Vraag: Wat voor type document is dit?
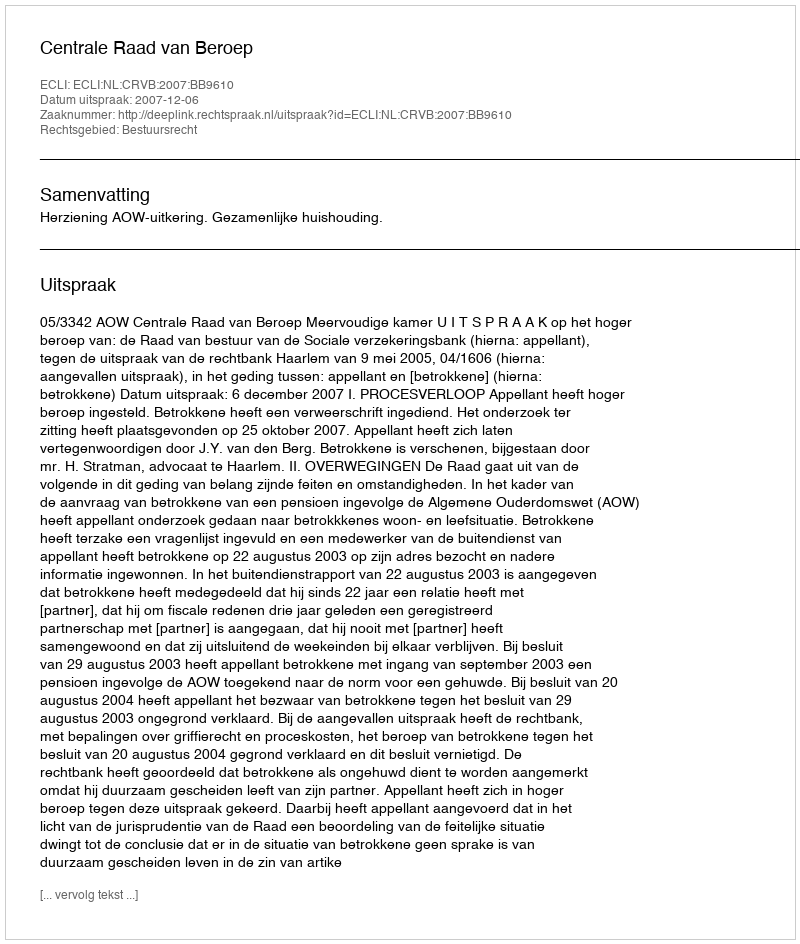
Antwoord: Uitspraak